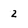
Character: 2